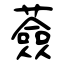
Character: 薟